Civil Veterinary Department. United Provinces 1923-31 - 1923-1931
Year: 1923
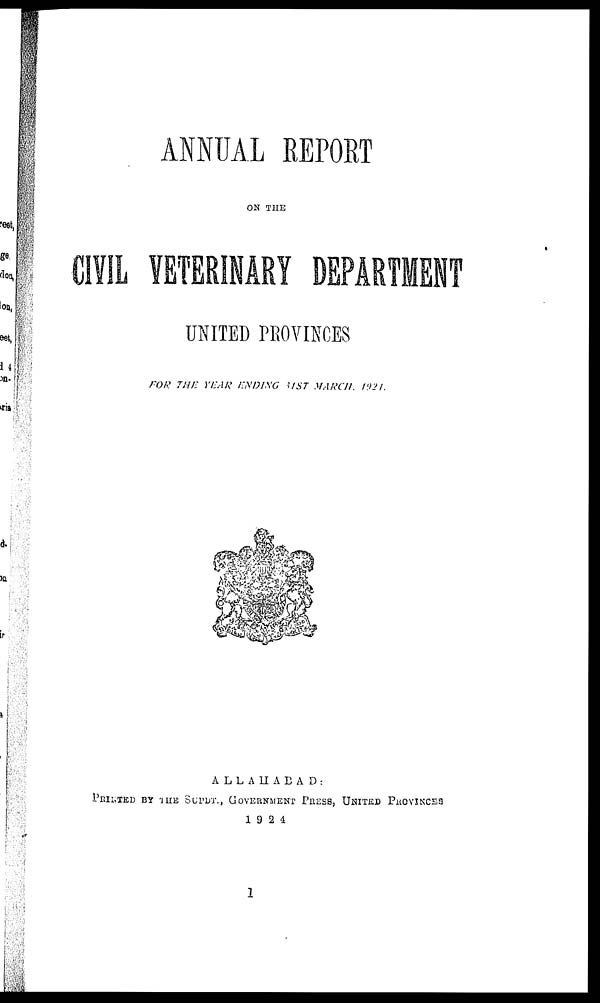
ANNUAL REPORT
ON THE
CIVIL VETERINARY DEPARTMENT
UNITED PBOVINCES
FOR THE YEAR ENDING 31ST MARCH, 1921.
ALLAHABAD:
PRINTED BY THE SUPDT., GOVERNMENT PRESS, UNITED PROVINCES
1924
1